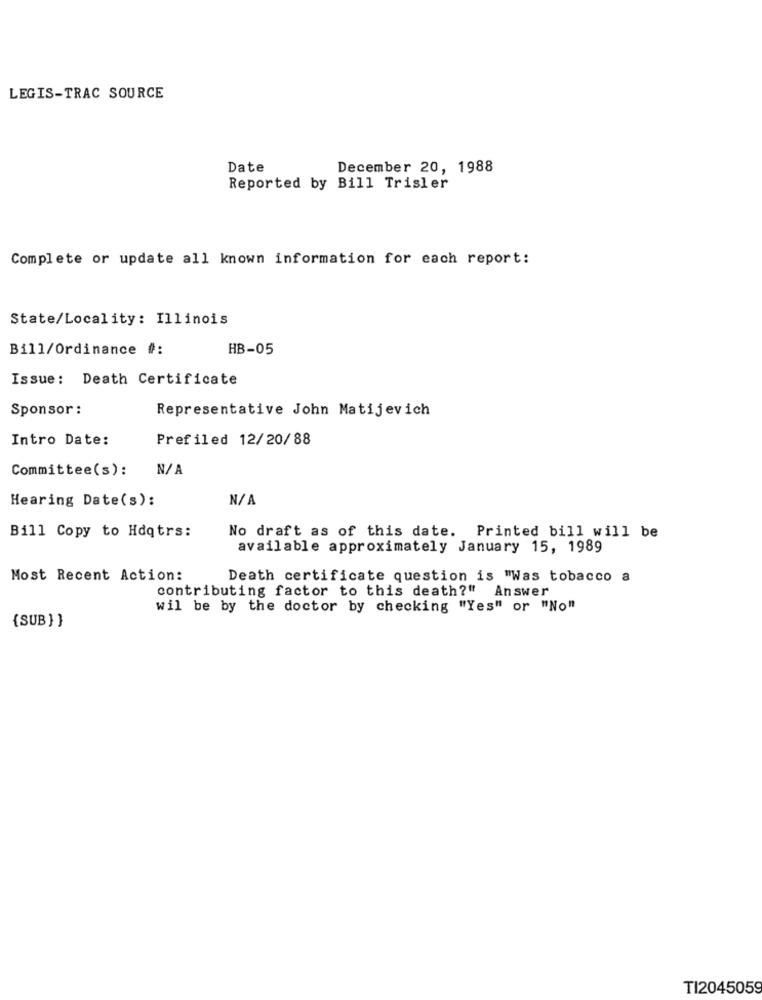
LEGIS-TRAC SOURCE
Date
December 20, 1988
Reported by Bill Trisler
Complete or update all known information for each report:
State/Locality: Illinois
Bill/Ordinance #:
HB-05
Issue: Death Certificate
Sponsor :
Representative John Matijevich
Intro Date:
Prefiled 12/20/88
Committee(s):
N/ A
Hearing Date(s):
Bill Copy to Hdqtrs:
No draft as of this date. Printed bill will be
available approximately January 15, 1989
Most Recent Action:
Death certificate question is "Was tobacco a
contributing factor to this death?" Answer
wil be by the doctor by checking "Yes" or "No"
{ SUB } }
TI2045059